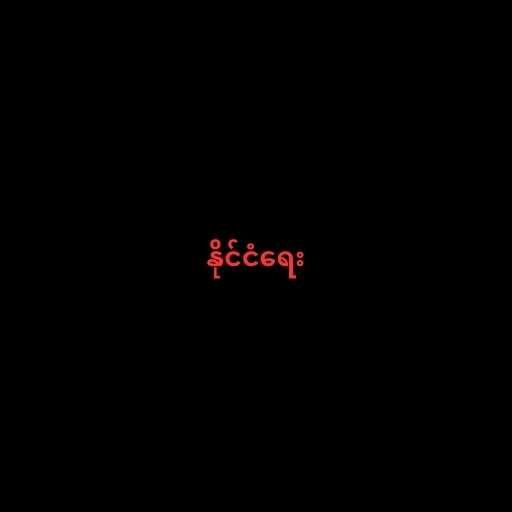
နိုင်ငံရေး